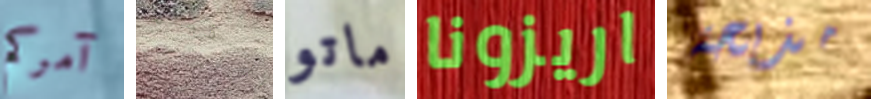
آمركم التقيتها ماتو اريزونا مذبحة